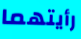
رأيتهما